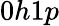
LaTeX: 0h1p